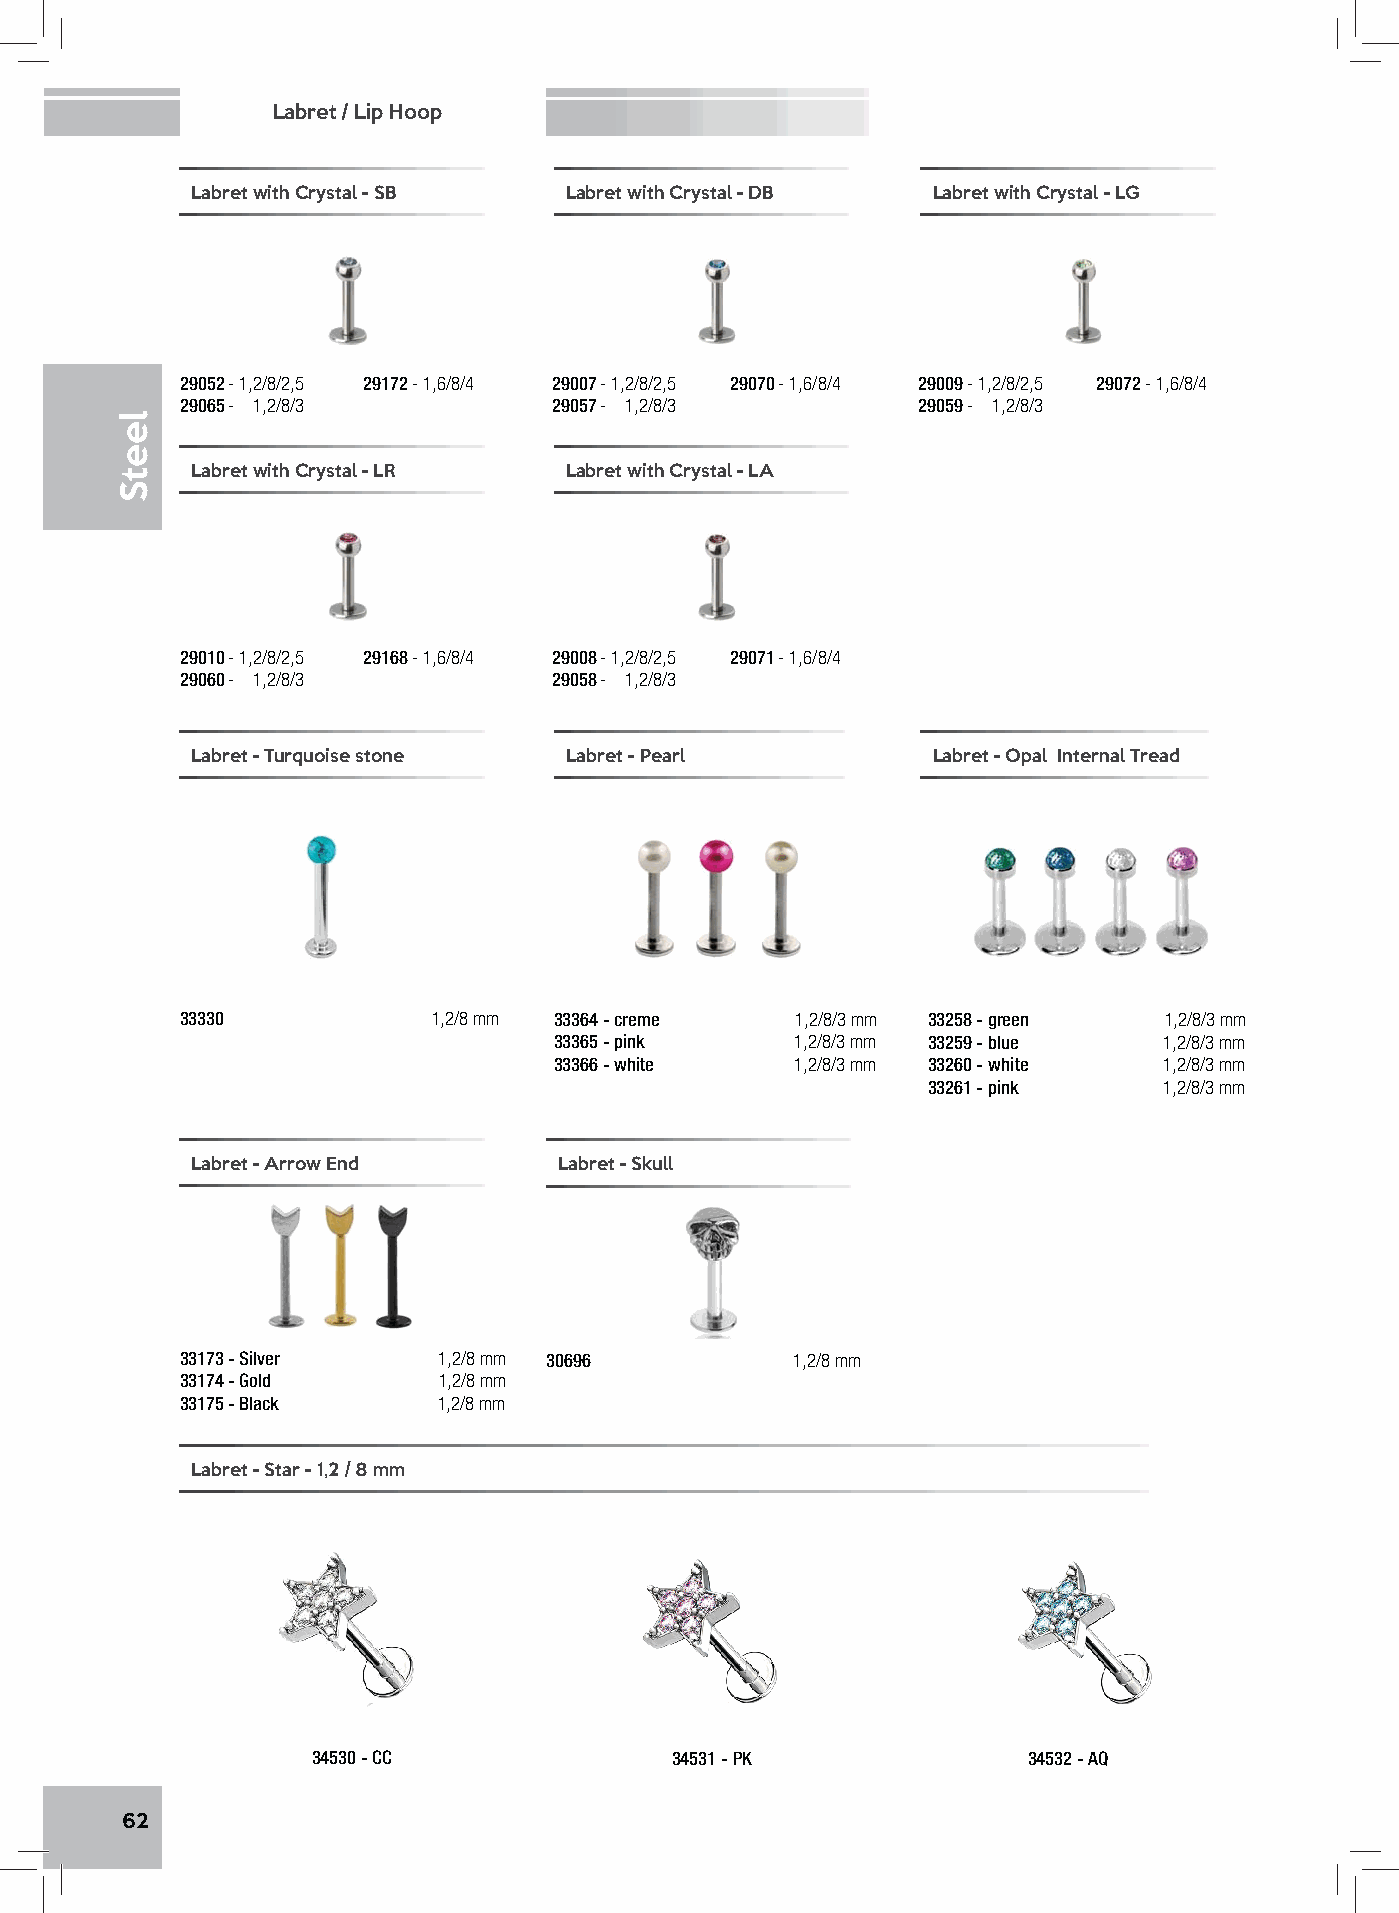
Labret / Lip Hoop
 Labret with Crystal - SB Labret with Crystal - DB Labret with Crystal - LG
 29052 - 1,2/8/2,5 29172 - 1,6/8/4 29007 - 1,2/8/2,5 29070 - 1,6/8/4 29009 - 1,2/8/2,5 29072 - 1,6/8/4
 29065 - 1,2/8/3          29057 - 1,2/8/3         29059 - 1,2/8/3
 Labret with Crystal - LR Labret with Crystal - LA
 29010 - 1,2/8/2,5 29168 - 1,6/8/4 29008 - 1,2/8/2,5 29071 - 1,6/8/4
 29060 - 1,2/8/3          29058 - 1,2/8/3
 Labret - Turquoise stone Labret - Pearl          Labret - Opal Internal Tread
 33330            1,2/8 mm 33364 - creme  1,2/8/3 mm 33258 - green 1,2/8/3 mm
 33365 - pink    1,2/8/3 mm 33259 - blue 1,2/8/3 mm
 33366 - white   1,2/8/3 mm 33260 - white 1,2/8/3 mm
 33261 - pink    1,2/8/3 mm
 Labret - Arrow End      Labret - Skull
 33173 - Silver   1,2/8 mm 30696          1,2/8 mm
 33174 - Gold     1,2/8 mm
 33175 - Black    1,2/8 mm
 Labret - Star - 1,2 / 8 mm
 34530 - CC             34531 - PK              34532 - AQ
 62
 leetS